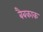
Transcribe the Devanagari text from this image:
बैबकाक